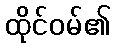
ထိုင်ဝမ်၏